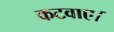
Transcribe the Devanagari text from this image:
कटवाए।